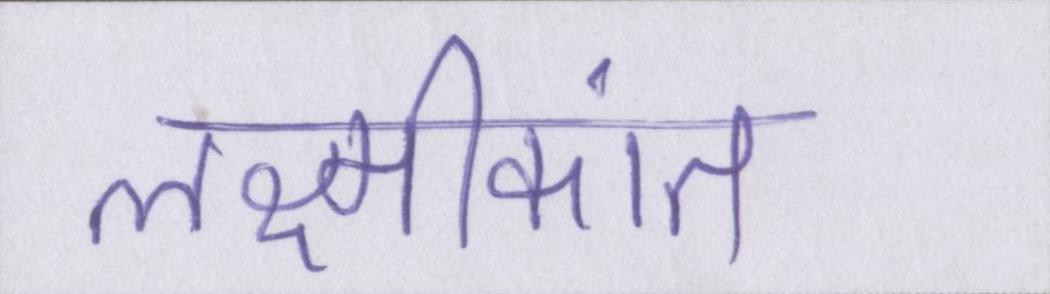
लक्ष्मीकांत